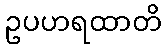
ဥပဟရထာတိ